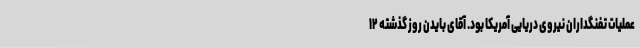
عملیات تفنگداران نیروی دریایی آمریکا بود. آقای بایدن روز گذشته ۱۲